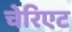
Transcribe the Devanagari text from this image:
चेरिएट